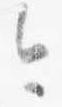
今